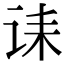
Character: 诔